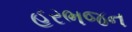
હરભજન